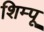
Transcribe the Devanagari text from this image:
शिम्पू